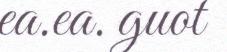
ea.ea. guot